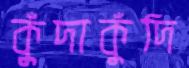
কুঁদাকুুঁদি